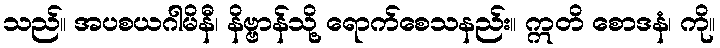
သည်။ အပစယဂါမိနီ၊ နိဗ္ဗာန်သို့ ရောက်စေသနည်း။ ဣတိ စောဒနံ၊ ကို။